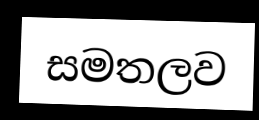
සමතලව